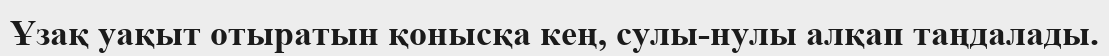
Ұзақ уақыт отыратын қонысқа кең, сулы-нулы алқап таңдалады.